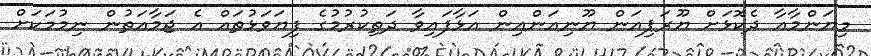
މިޔަންމާއާ ދެކޮޅަށް ޔޫރަޕިއަން ޔޫނިއަންއިން އަޅާފައިވާ ދަތިކުރުމުގެ ފިޔަވަޅުތައް އެ ޖަމާއަތުން ނިމުމަކަށް